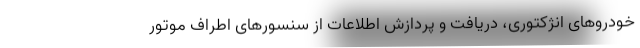
خودروهای انژکتوری، دریافت و پردازش اطلاعات از سنسورهای اطراف موتور